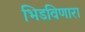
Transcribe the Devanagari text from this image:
भिडविणारा